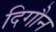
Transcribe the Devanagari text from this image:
दिगौन